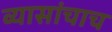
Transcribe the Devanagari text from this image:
व्यासांचाच